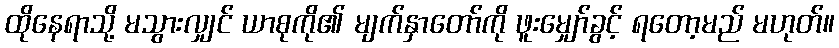
ထိုနေရာသို့ မသွားလျှင် ယာစုကို၏ မျက်နှာတော်ကို ဖူးမျှော်ခွင့် ရတော့မည် မဟုတ်။